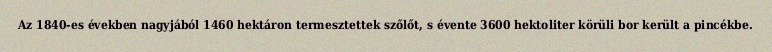
Az 1840-es években nagyjából 1460 hektáron termesztettek szőlőt, s évente 3600 hektoliter körüli bor került a pincékbe.